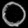
Digit: ၀